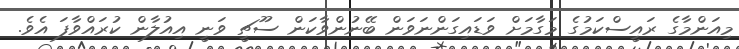
މިއަންމާގެ ރައީސްކަމުގެ މަގާމަށް ވަޑައިގަންނަވަން ބޭނުންވާކަން ސޫޗީ ވަނީ އިއުލާން ކުރައްވާފަ އެވެ.